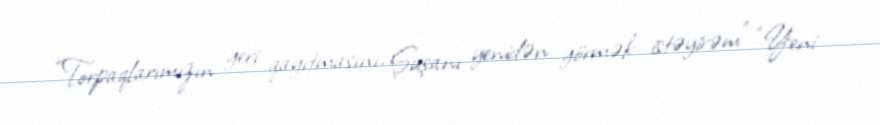
“Torpaqlarımızın geri qayıtmasını, Şuşanı yenidən görmək istəyirəm” “Yeni